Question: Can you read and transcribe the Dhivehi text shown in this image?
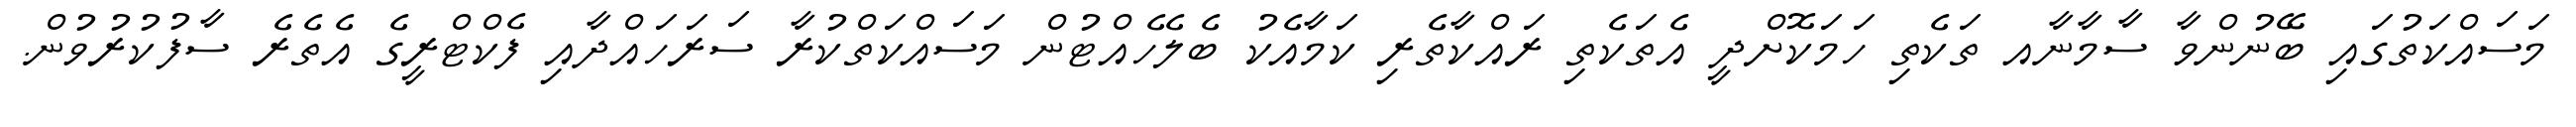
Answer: މަސައްކަތުގައި ބޭނުންވާ ސާމާނާއ ތަކެތި ހަމަކޮށްދީ އެތަކެތި ރައްކާތެރި ކަމާއެކު ބެލެހެއްޓުން މަސައްކަތްކުރާ ސަރަހައްދާއި ފެކްޓްރީގެ އެތެރެ ސާފުކުރުވުން.